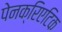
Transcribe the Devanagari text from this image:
पेनक्रिएटिक